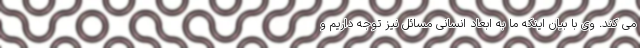
می کند. وی با بیان اینکه ما به ابعاد انسانی مسائل نیز توجه داریم و